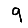
Digit: 9